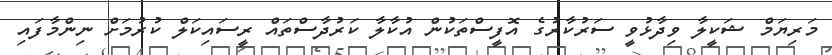
މަރިޔަމް ޝަކީލާ ވިދާޅުވީ ސަރުކާރުގެ އޮފީސްތަކުން އުކާލާ ކަރުދާސްތައް ރީސައިކަލް ކުރުމަށް ނިންމާފައި